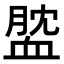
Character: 𧖺